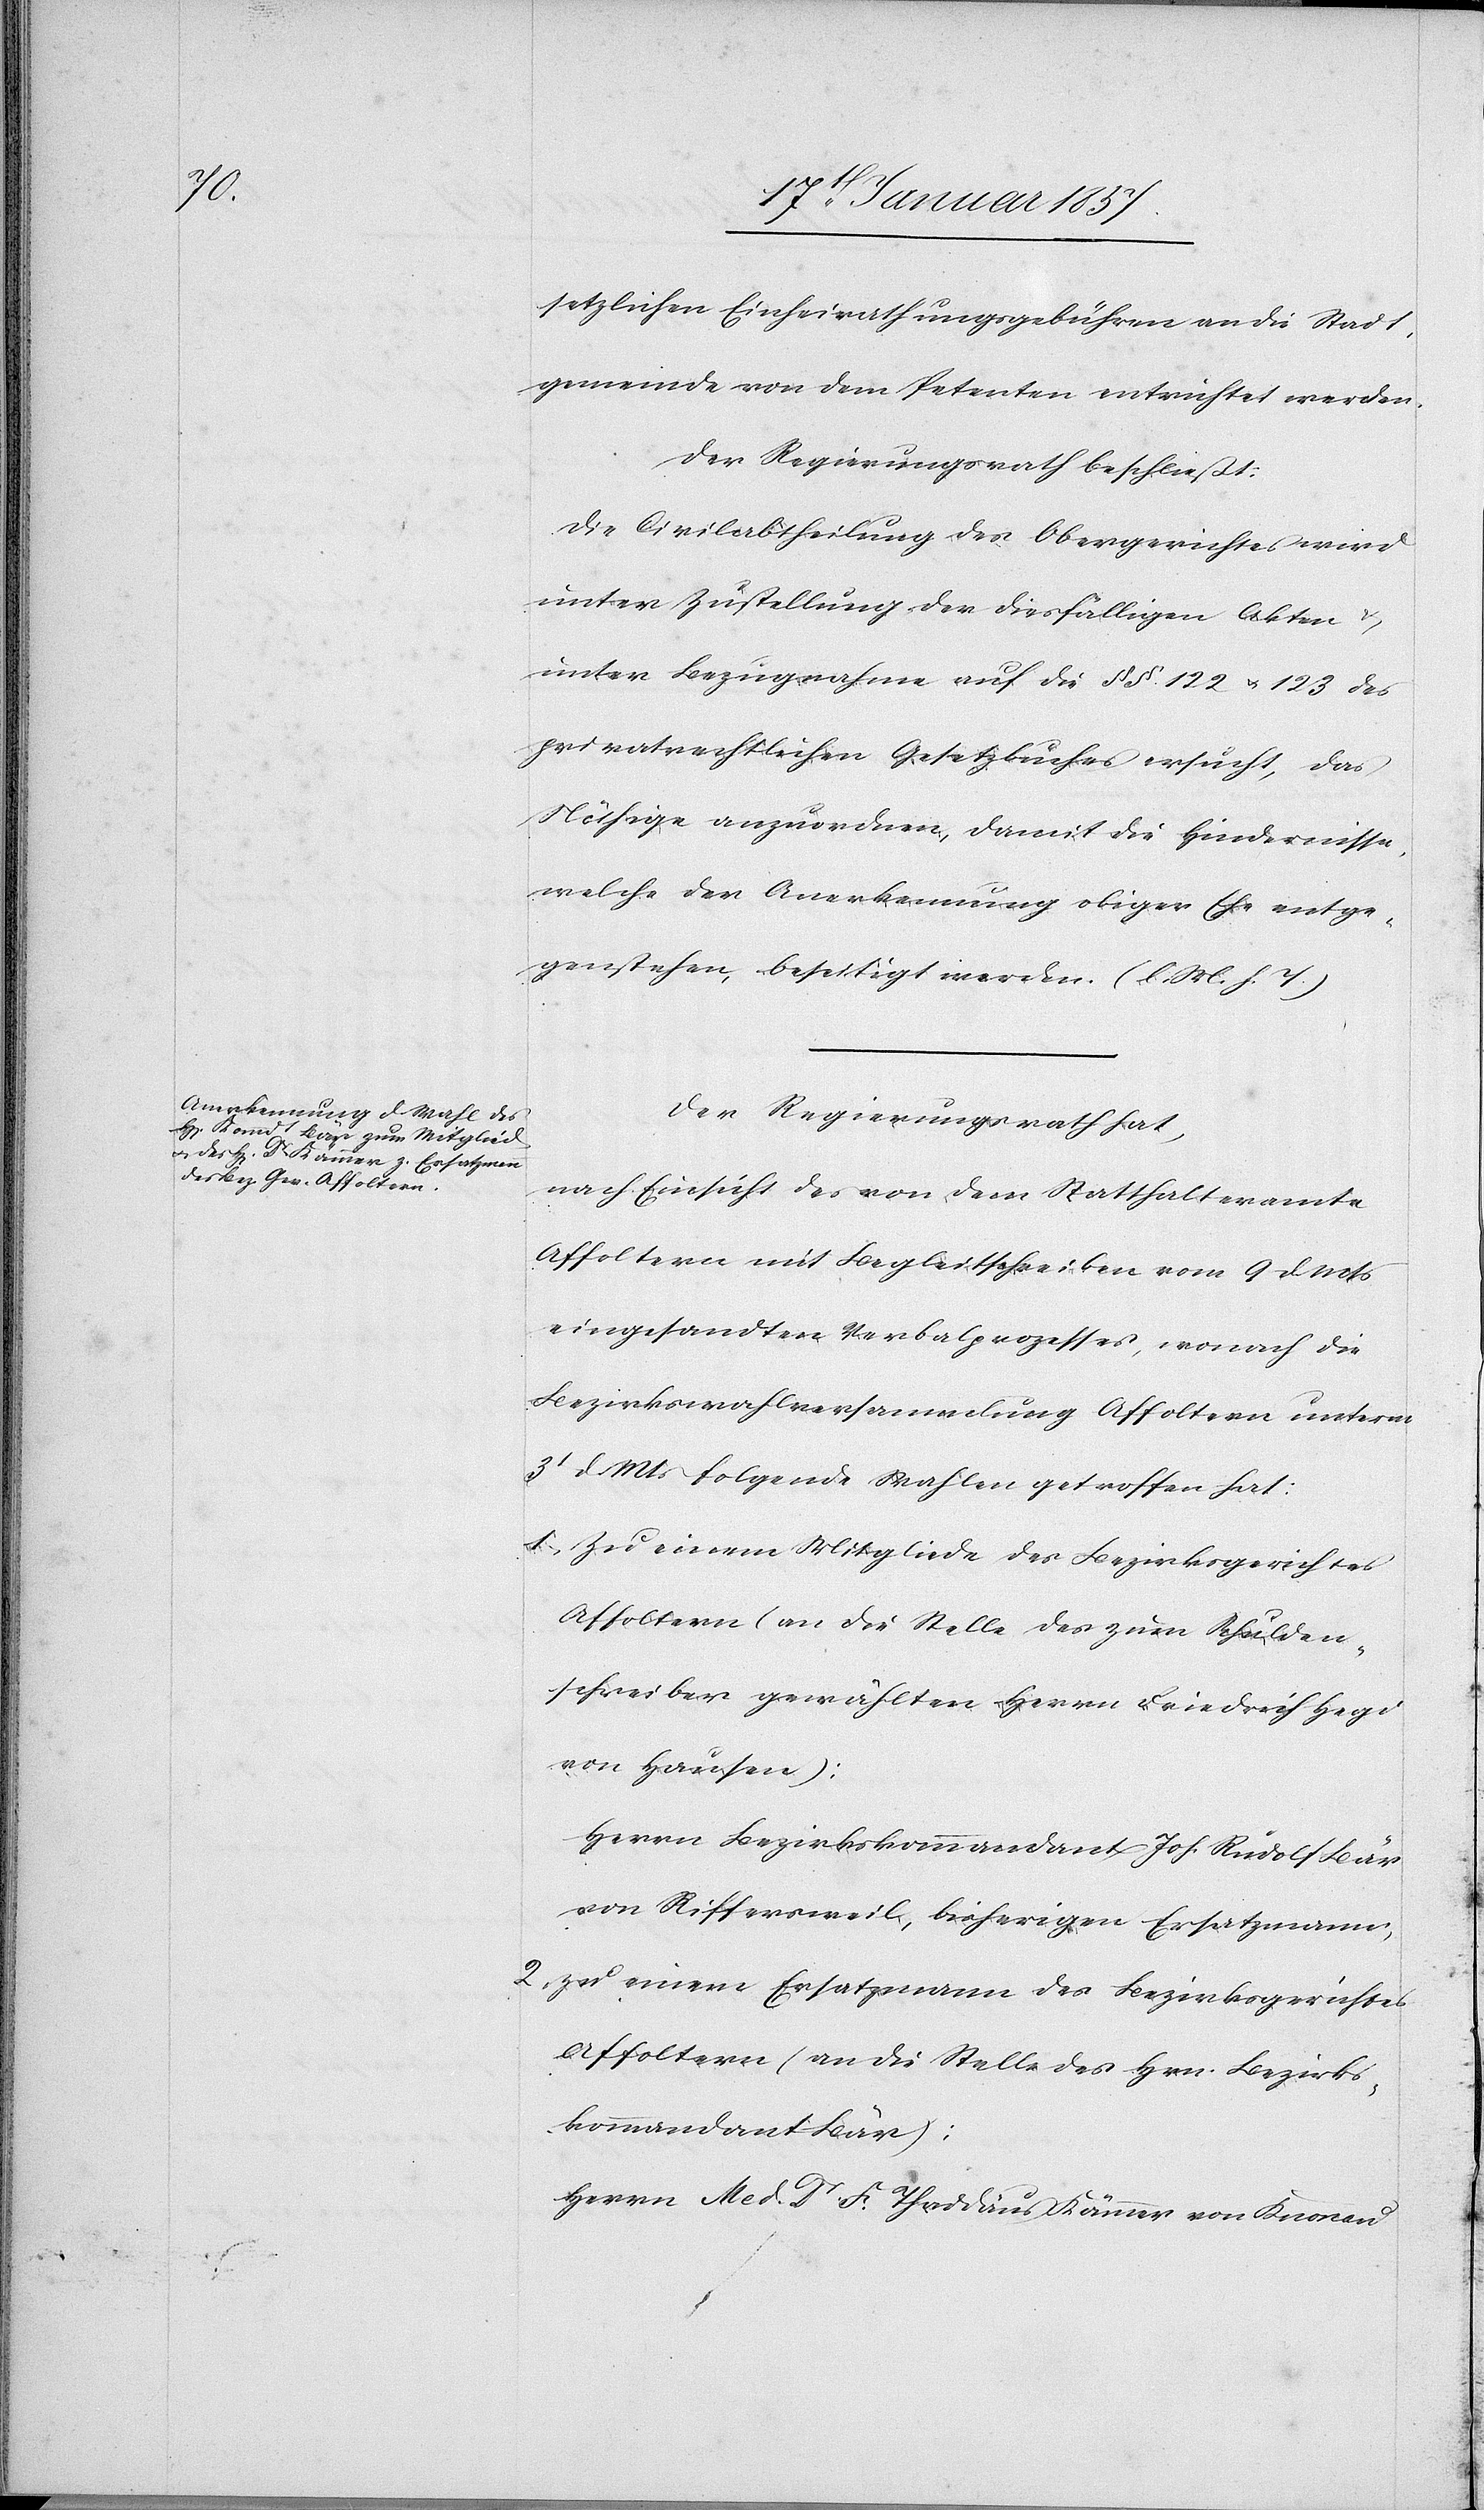
setzlichen Einheirathungsgebühren an die Stadt¬
gemeinde von dem Petenten entrichtet werden.
Der Regierungsrath beschließt:
Die Civilabtheilung des Obergerichtes wird
unter Zustellung der diefälligen Akten &
unter Bezugnahme auf die §§. 122 & 123 des
privatrechtlichen Gesetzbuches ersucht, das
Nöthige anzuordnen, damit die Hindernisse,
welche der Anerkennung obiger Ehe entge¬
genstehen, beseitigt werden. (l. M. h. T.)
Der Regierungsrath hat,
nach Einsicht des von dem Statthalteramte
Affoltern mit Begleitschreiben vom 9 d. Mts
eingesandten Verbalprozesses, wonach die
Bezirkswahlversammlung Affoltern unterm
3t d. Mts folgende Wahlen getroffen hat:
1. Zu einem Mitgliede des Bezirksgerichtes
Affoltern (an die Stelle des zum Schulden¬
schreiber gewählten Herrn Friedrich Hegi
von Hausen):
Herrn Bezirkskommandant Joh. Rudolf Bär
von Riffersweil, bisherigen Ersatzmann,
2. Zu einem Ersatzmann des Bezirksgerichtes
Affoltern (an die Stelle des Hrn. Bezirks¬
kommandant Bär):
Herr Med. Dr. F. Thaddäus Kämmer von Knonau